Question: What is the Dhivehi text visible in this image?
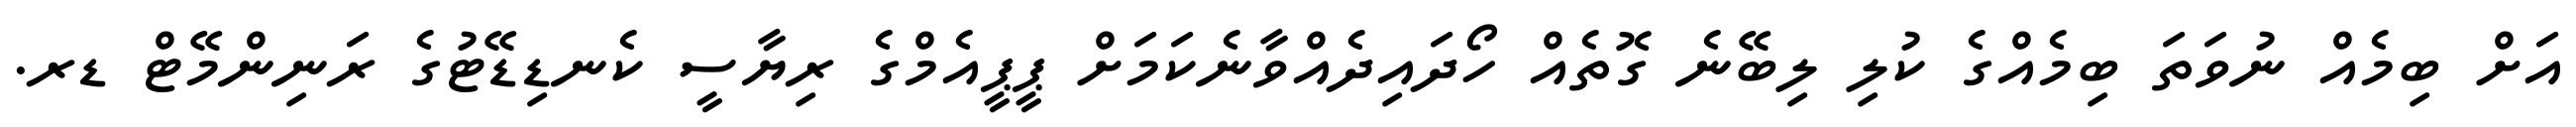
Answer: އަށް ބިމެއް ނުވަތަ ބިމެއްގެ ކުލި ލިބޭނެ ގޮތެއް ހޯދައިދެއްވާނެކަމަށް ޕީޕީއެމްގެ ރިޔާސީ ކެނޑިޑޭޓުގެ ރަނިންމޭޓް ޑރ.